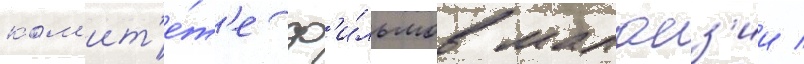
ком'ит'е́т'е ф'и́льмов малаиз'ии /